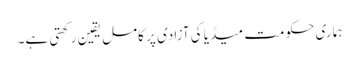
ہماری حکومت میڈیا کی آزادی پر کامل یقین رکھتی ہے۔